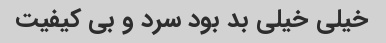
خیلی خیلی بد بود سرد و بی کیفیت